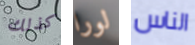
كذلك لورا الناس